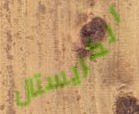
الكريستال